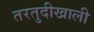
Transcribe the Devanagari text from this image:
तरतुदीखाली